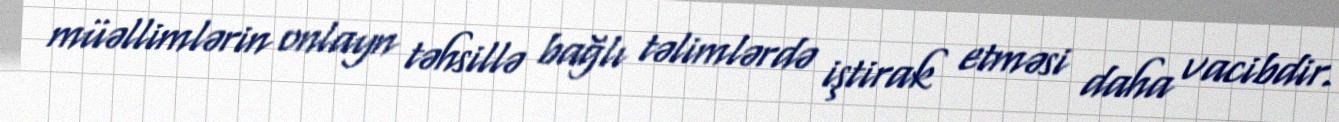
müəllimlərin onlayn təhsillə bağlı təlimlərdə iştirak etməsi daha vacibdir.